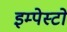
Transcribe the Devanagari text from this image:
इम्पेस्टो